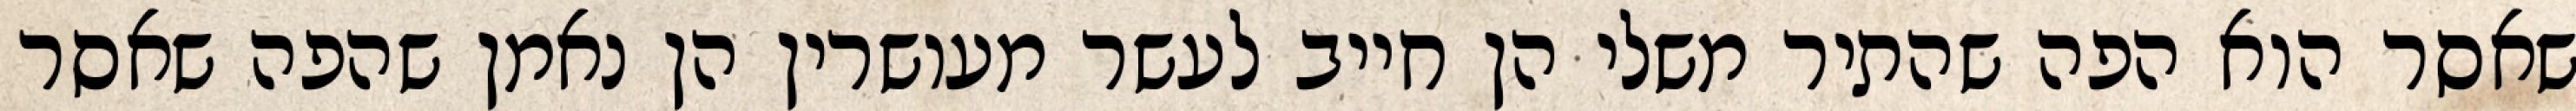
שאסר הוא הפה שהתיר משלי הן חייב לעשר מעושרין הן נאמן שהפה שאסר